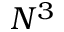
N ^ { 3 }